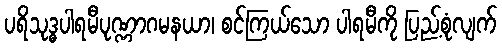
ပရိသုဒ္ဓပါရမီပုဏ္ဏာဂမနယာ၊ စင်ကြယ်သော ပါရမီကို ပြည့်စုံလျက်